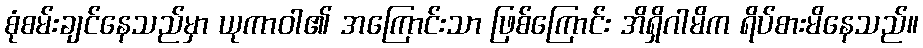
စုံစမ်းချင်နေသည်မှာ ယုကာဝါ၏ အကြောင်းသာ ဖြစ်ကြောင်း အိရှိဂါမိက ရိပ်စားမိနေသည်။